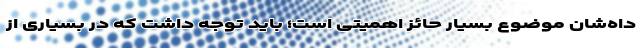
داه‌شان موضوع بسیار حائز اهمیتی است؛ باید توجه داشت که در بسیاری از